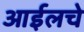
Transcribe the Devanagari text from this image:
आईलचे